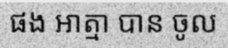
ផង អាត្មា បាន ចូល